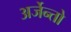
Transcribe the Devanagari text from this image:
अर्जेन्तो